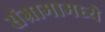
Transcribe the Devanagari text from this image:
संग्रामामध्‍ये